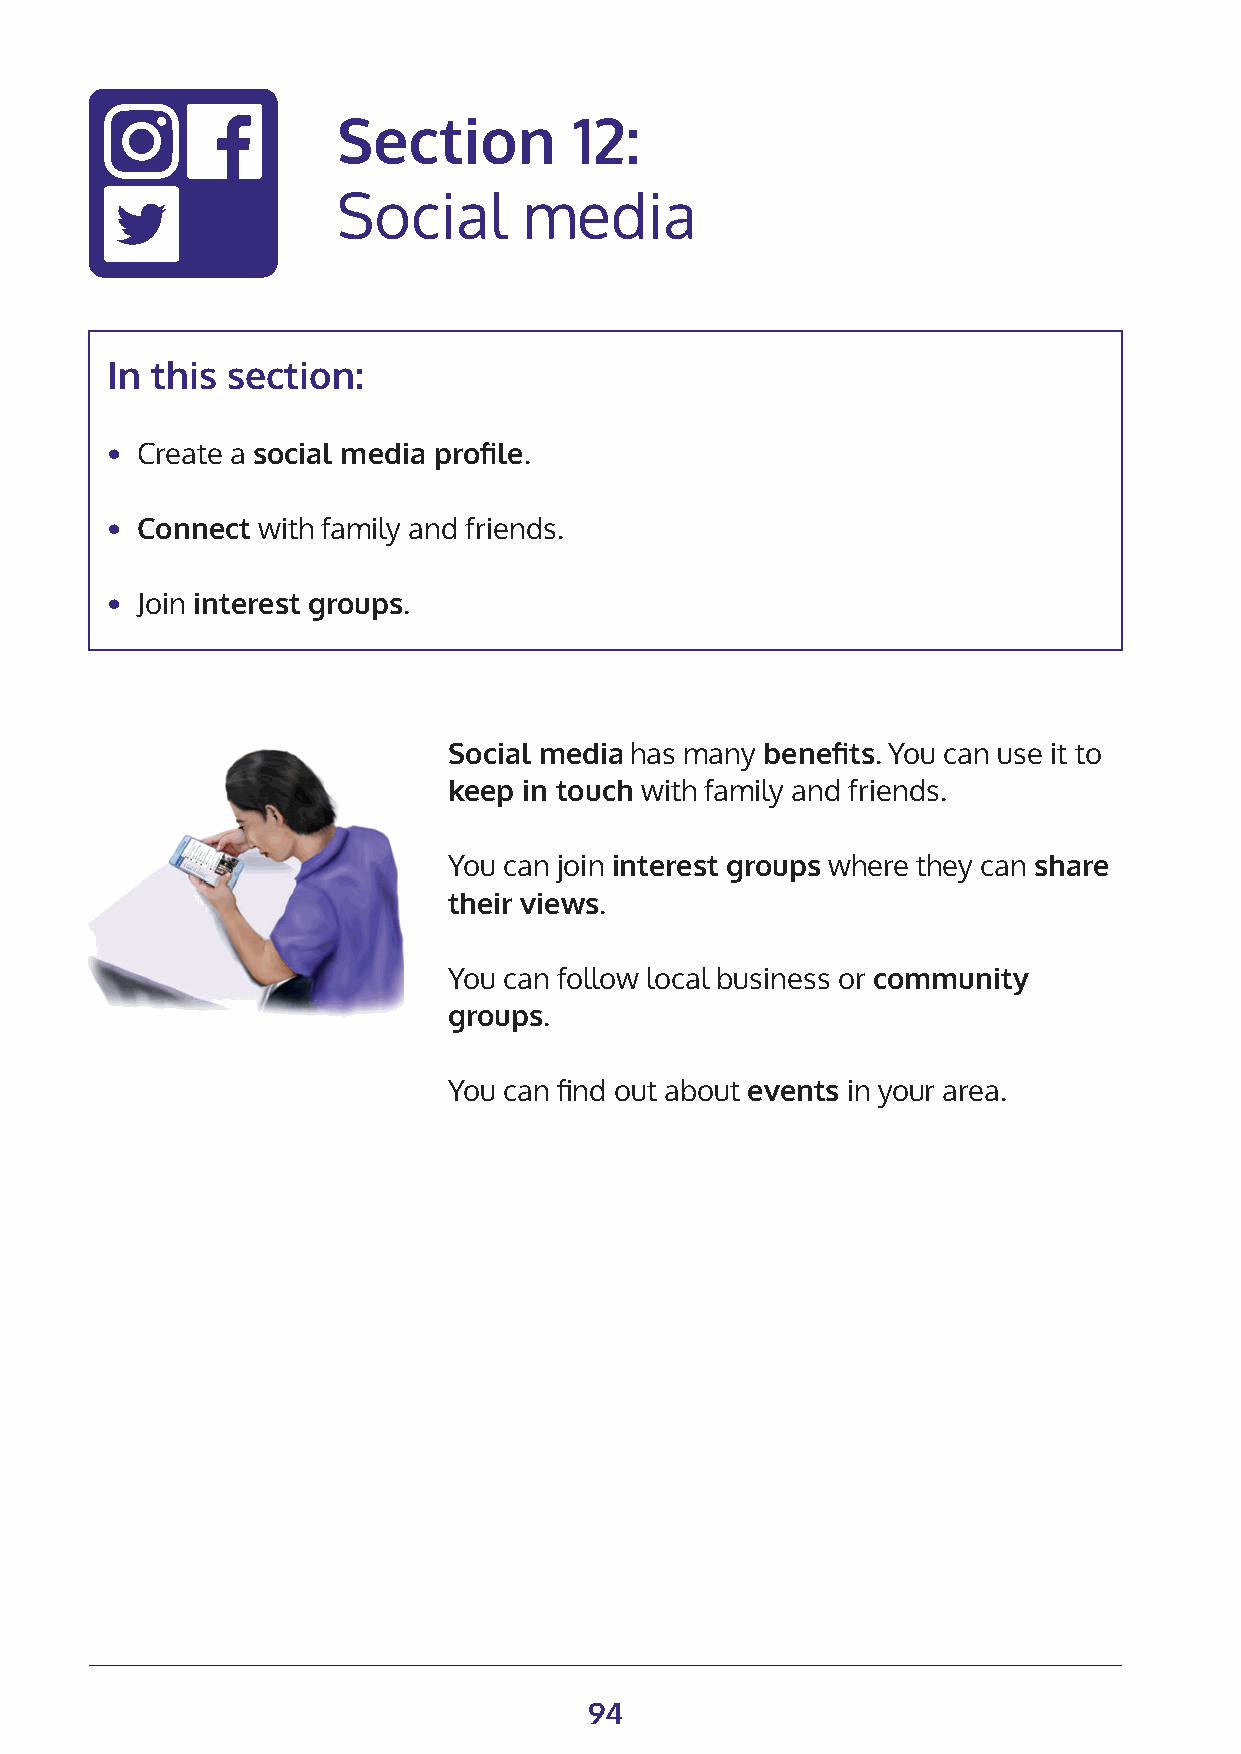
Section         12:
 Social       media
 In this section:
 • Create a social media profile.
 • Connect with family and friends.
 • Join interest groups.
 Social media has many benefits. You can use it to
 keep in touch with family and friends.
 You can join interest groups where they can share
 their views.
 You can follow local business or community
 groups.
 You can find out about events in your area.
 94